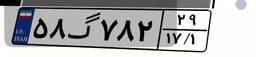
۵۸گ۷۸۲۲۹